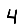
Digit: 4